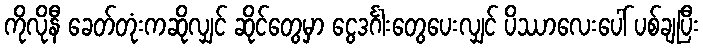
ကိုလိုနီ ခေတ်တုံးကဆိုလျှင် ဆိုင်တွေမှာ ငွေဒင်္ဂါးတွေပေးလျှင် ပိဿာလေးပေါ် ပစ်ချပြီး